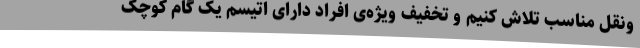
‌و‌نقل مناسب تلاش کنیم و تخفیف ویژه‌ی افراد دارای اتیسم یک گام کوچک